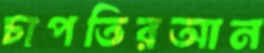
চাপতিরআন